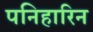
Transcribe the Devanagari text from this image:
पनिहारिन